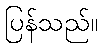
ပြန်သည်။